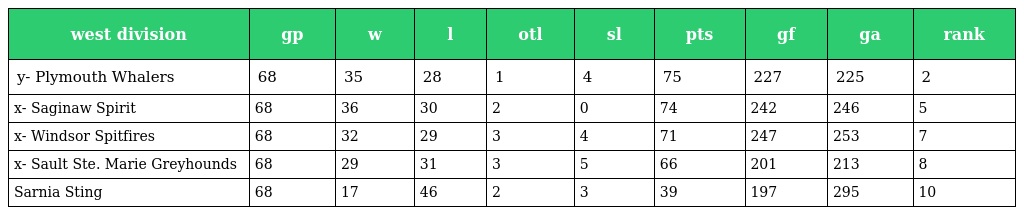
| west division | gp | w | l | otl | sl | pts | gf | ga | rank |
 | --- | --- | --- | --- | --- | --- | --- | --- | --- | --- |
 | y- Plymouth Whalers | 68 | 35 | 28 | 1 | 4 | 75 | 227 | 225 | 2 |
 | x- Saginaw Spirit | 68 | 36 | 30 | 2 | 0 | 74 | 242 | 246 | 5 |
 | x- Windsor Spitfires | 68 | 32 | 29 | 3 | 4 | 71 | 247 | 253 | 7 |
 | x- Sault Ste. Marie Greyhounds | 68 | 29 | 31 | 3 | 5 | 66 | 201 | 213 | 8 |
 | Sarnia Sting | 68 | 17 | 46 | 2 | 3 | 39 | 197 | 295 | 10 |